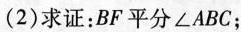
(2)求证：BF平分∠ABC；